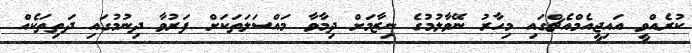
ކުރެއްވީ އައިޖީއެމްއެޗްގައި މިހާރު ނޭވާލުމުގެ ނިޒާމަށް ދިމާވާ މައްސަލަތަކަށް ފަރުވާ ދިނުމުގައި ދަތިތަކެއް